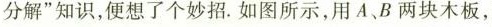
分解”知识，便想了个妙招。如图所示，用A、B两块木板，